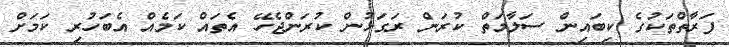
ފަރާތްތަކުގެ ކިބައިން ސަލާމަތް ކުރަން ރަގަޅުން ކުރަންޖެހޭ އެތައް ކަމެއް އެބަހުރި ކަމަށް